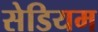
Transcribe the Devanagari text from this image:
सेडियम